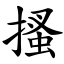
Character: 搔